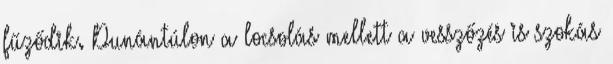
fűződik. Dunántúlon a locsolás mellett a vesszőzés is szokás